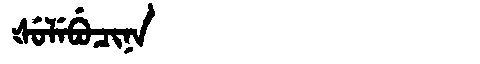
Manchu: ᡧᡠᠯᡝᠪᡠᠴᡳᠨᠠ
Romanization: ŠULEBUCINA